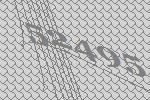
52495